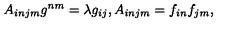
A _ { i n j m } g ^ { n m } = \lambda g _ { i j } , A _ { i n j m } = f _ { i n } f _ { j m } ,